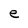
Character: e